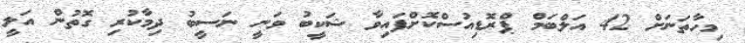
މިހާތަނަށް 42 އަލްބަމް ޕްރޮޑިއުސްކޮށްފައިވާ ޝަކީބު ވަނީ ނަސީބު ދިމާކުރި ގޮތުން އަލީ